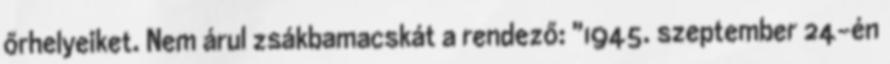
őrhelyeiket. Nem árul zsákbamacskát a rendező: "1945. szeptember 24-én